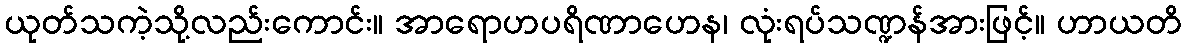
ယုတ်သကဲ့သို့လည်းကောင်း။ အာရောဟပရိဏာဟေန၊ လုံးရပ်သဏ္ဍန်အားဖြင့်။ ဟာယတိ